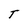
Character: T